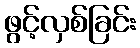
ဖွင့်လှစ်ခြင်း